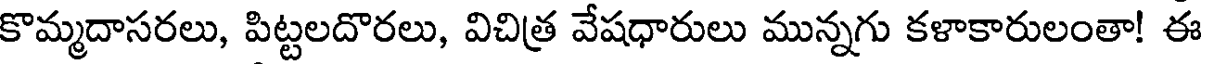
కొమ్మదాసరలు, పిట్టలదొరలు, విచిత్ర వేషధారులు మున్నగు కళాకారులంతా! ఈ